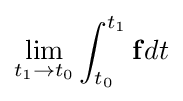
\lim _{t_{1}\rightarrow t_{0}}\int _{t_{0}}^{t_{1}}\mathbf {f} dt